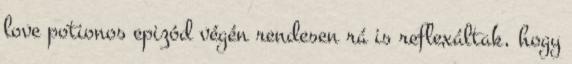
love potionos epizód végén rendesen rá is reflexáltak, hogy